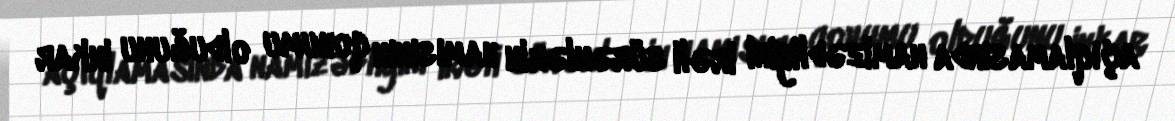
açıqlamasında namizədliyini irəli sürənlərin hamısının qohumu olduğunu inkar